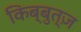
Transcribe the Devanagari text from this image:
किब्बुत्ज़